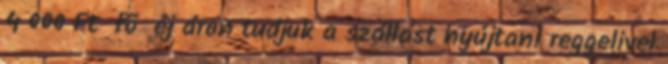
4 000 Ft fõ éj áron tudjuk a szállást nyújtani reggelivel